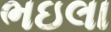
ભઇલા